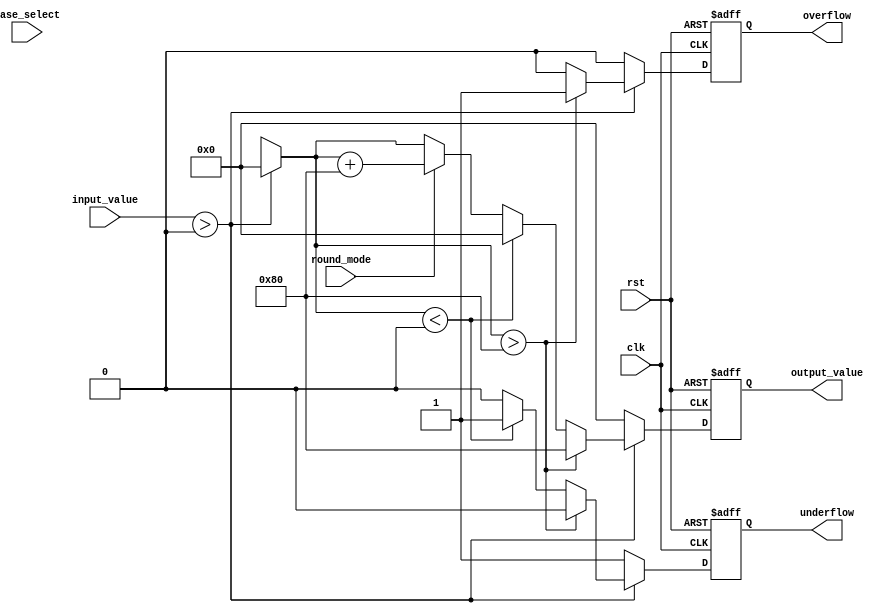
module LogarithmicUnit #(
    parameter N = 8, // Input width
    parameter M = 8  // Output width
)(
    input wire clk,
    input wire rst,
    input wire [N-1:0] input_value, // Input fixed-point value
    input wire base_select,          // 0 for base 2, 1 for base 10
    input wire round_mode,           // 0 for floor, 1 for round
    output reg [M-1:0] output_value, // Output logarithm result
    output reg overflow,              // Overflow flag
    output reg underflow              // Underflow flag
);

    // Internal variables for logarithm computation
    reg [M-1:0] log_result;
    reg [M-1:0] normalized_input;
    
    // Normalization and logarithmic calculation
    always @(posedge clk or posedge rst) begin
        if (rst) begin
            output_value <= 0;
            overflow <= 0;
            underflow <= 0;
        end else begin
            // Default values
            log_result = 0;
            overflow = 0;
            underflow = 0;
            
            // Basic normalization of input (example assuming input_value is unsigned)
            if (input_value > 0) begin
                case (base_select)
                    1'b0: begin // Base 2 logarithm
                        // Logarithm base 2 -- Example cud be implemented with CORDIC, although it's complex
                        log_result = 0; // Placeholder: replace with actual log2 computation
                    end
                    1'b1: begin // Base 10 logarithm
                        // Logarithm base 10 -- Example cud be implemented with CORDIC, although it's complex
                        log_result = 0; // Placeholder: replace with actual log10 computation
                    end
                endcase

                // Check for overflow or underflow
                if (log_result > {1'b1, {(M-1){1'b0}}}) begin
                    overflow <= 1;
                    output_value <= {1'b1, {(M-1){1'b0}}}; // Max representable value for overflow
                end else if (log_result < 0) begin
                    underflow <= 1;
                    output_value <= 0; // Min representable value for underflow
                end else begin
                    underflow <= 0;
                    overflow <= 0;
                    
                    // Rounding
                    if (round_mode) begin
                        // Round result to nearest
                        output_value <= log_result + (1 << (M-1)); // Simple rounding
                    end else begin
                        // Floor result
                        output_value <= log_result; // Floor
                    end
                end
            end else begin
                underflow <= 1; // Not valid input
                output_value <= 0;
            end
        end
    end

endmodule